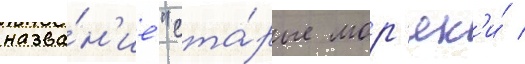
назва́н'ие "ста́рые мор'як'и́ /